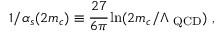
1 / \alpha _ { s } ( 2 m _ { c } ) \equiv { \displaystyle \cfrac { 2 7 } { 6 \pi } } \ln ( 2 m _ { c } / \Lambda _ { \mathrm { { \footnotesize ~ Q C D } } } ) \; ,